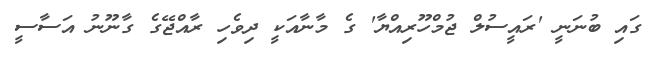
ގައި ބުނަނީ 'ރައީސުލް ޖުމްހޫރިއްޔާ' ގެ މާނާއަކީ ދިވެހި ރާއްޖޭގެ ގާނޫނު އަސާސީ